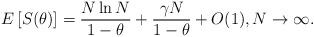
LaTeX: \begin{align*}E\left[ S(\theta) \right] = \frac{N \ln N}{1 - \theta} + \frac{\gamma N}{1 - \theta} + O(1),N \to \infty.\end{align*}